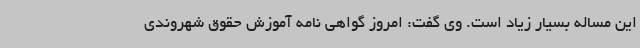
این مساله بسیار زیاد است. وی گفت: امروز گواهی نامه آموزش حقوق شهروندی